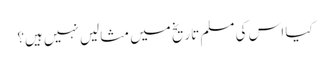
کیا اس کی مسلم تاریخ میں مثالیں نہیں ہیں؟